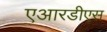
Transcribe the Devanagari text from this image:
एआरडीएस